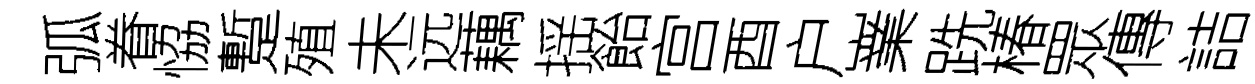
弧眷恊蹔殖未远藕揺飴宫酉户嶪跣椿眾傳詰